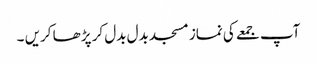
آپ جمعے کی نماز مسجد بدل بدل کر پڑھا کریں ۔